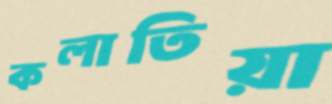
কলাতিয়া